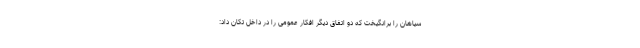
سیاهان را برانگیخت که دو اتفاق دیگر افکار عمومی را در داخل تکان داد: